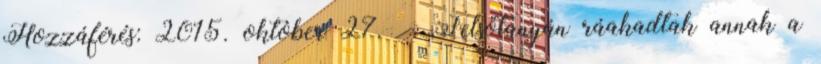
Hozzáférés: 2015. október 27. ↑ „Felsőtanyán ráakadtak annak a